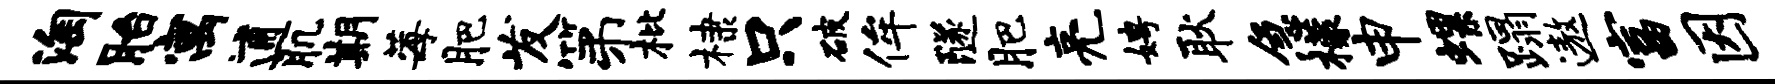
淘胎寓逋肌期莓肥发第枇棣只破侔隧肥亮娉耿急檬申螺蹋遨富因